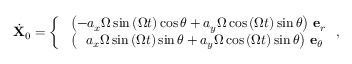
\dot { \mathbf { X } } _ { 0 } = \left\{ \begin{array} { l l } { \, \, \left( - a _ { x } \Omega \sin { \left( \Omega t \right) } \cos \theta + a _ { y } \Omega \cos { \left( \Omega t \right) } \sin \theta \right) \, \mathbf { e } _ { r } } \\ { \, \, \left( \, \, \, \, a _ { x } \Omega \sin { \left( \Omega t \right) } \sin \theta + a _ { y } \Omega \cos { \left( \Omega t \right) } \sin \theta \right) \, \mathbf { e } _ { \theta } } \end{array} \right. ,